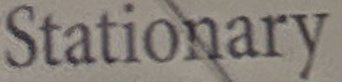
Stationary